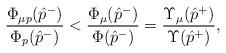
LaTeX: \begin{align*} \dfrac{\Phi_{\mu p}(\hat{p}^-)}{\Phi_p(\hat{p}^-)}<\dfrac{\Phi_{\mu}(\hat{p}^-)}{\Phi(\hat{p}^-)}=\dfrac{\Upsilon_{\mu}(\hat{p}^+)}{\Upsilon(\hat{p}^+)},\end{align*}